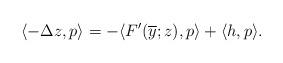
LaTeX: \begin{align*}\langle -\Delta z , p \rangle = - \langle F'(\overline{y}; z), p \rangle + \langle h, p \rangle.\end{align*}